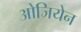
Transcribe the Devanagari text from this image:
ओजियेन